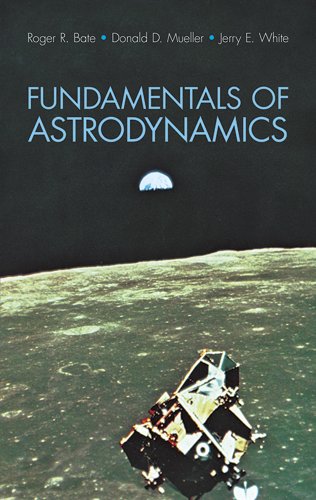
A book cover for Fundamentals of Astrodynamics (Dover Books on Aeronautical Engineering); Roger  R. Bate; Engineering & Transportation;